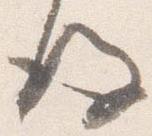
後